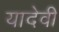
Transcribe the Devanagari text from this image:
यादेवी